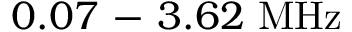
0 . 0 7 \mathrm { ~ - ~ } 3 . 6 2 ~ \mathrm { M H z }